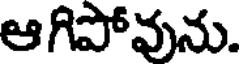
ఆగిపోవును.